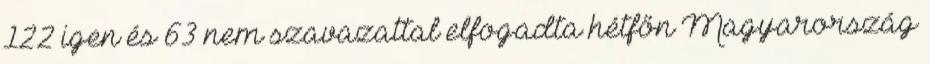
122 igen és 63 nem szavazattal elfogadta hétfőn Magyarország